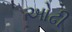
ઓઢી